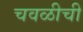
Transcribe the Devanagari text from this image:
चवळीची